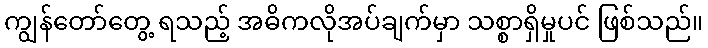
ကျွန်တော်တွေ့ ရသည့် အဓိကလိုအပ်ချက်မှာ သစ္စာရှိမှုပင် ဖြစ်သည်။